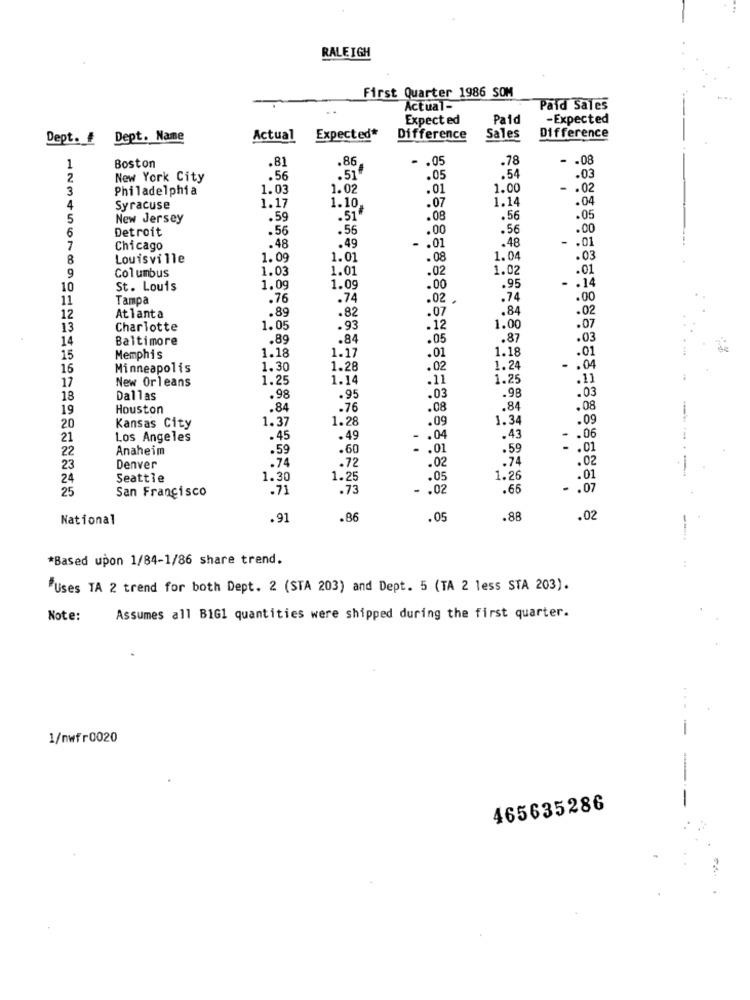
RALEIGH
First Quarter 1986 SOM
Actual-
Paid Sales
Expected
Paid
-Expected
Dept. #
Dept. Name
Actual
Expected*
Difference
Sales
Difference
.81
.86
.05
.78
-
.08
1
Boston
.51
2
New York City
.56
.05
.54
.03
3
Philadelphia
1.03
1.02
.01
1.00
.02
1.17
.07
1.14
.04
4
Syracuse
1.10
5
New Jersey
.59
.57
.08
.56
.05
6
Detroit
.56
.56
.00
.56
.00
.48
.48
-
.01
7
Chicago
.49
- . 01
8
Louisville
1.09
1.01
.08
1.04
.03
Columbus
1.03
1.01
.02
1.02
.01
9
.95
. . 14
10
St. Louis
1.09
1.09
.00
11
Tampa
.76
.74
.02 .
.74
.00
.89
.82
.84
.02
12
Atlanta
.07
13
Charlotte
1.05
.93
.12
1.00
.07
14
Baltimore
.89
.84
.05
.87
.03
1.17
1.18
.01
15
Memphis
1.18
.01
16
Minneapolis
1.30
1.28
.02
1.24
- . 04
New Orleans
1.25
1.14
.11
1.25
.11
17
.98
.03
18
Dallas
.98
.95
.03
19
Houston
.84
.76
.08
.84
.08
1.28
.09
1.34
.09
20
Kansas City
1.37
21
Los Angeles
.45
.49
- . 04
.43
-. 06
22
Anaheim
.59
.60
- . 01
.59
-
.01
.74
.72
.02
.74
.02
23
Denver
24
Seattle
1.30
1.25
.05
1.26
.01
25
San Francisco
.71
.73
- . 02
.65
- . 07
National
.91
.86
.05
.88
.02
*Based upon 1/84-1/86 share trend.
"Uses TA 2 trend for both Dept. 2 (STA 203) and Dept. 5 (TA 2 less STA 203).
Note:
Assumes all BIG1 quantities were shipped during the first quarter.
...
-
1/nwfr0020
-
465635286